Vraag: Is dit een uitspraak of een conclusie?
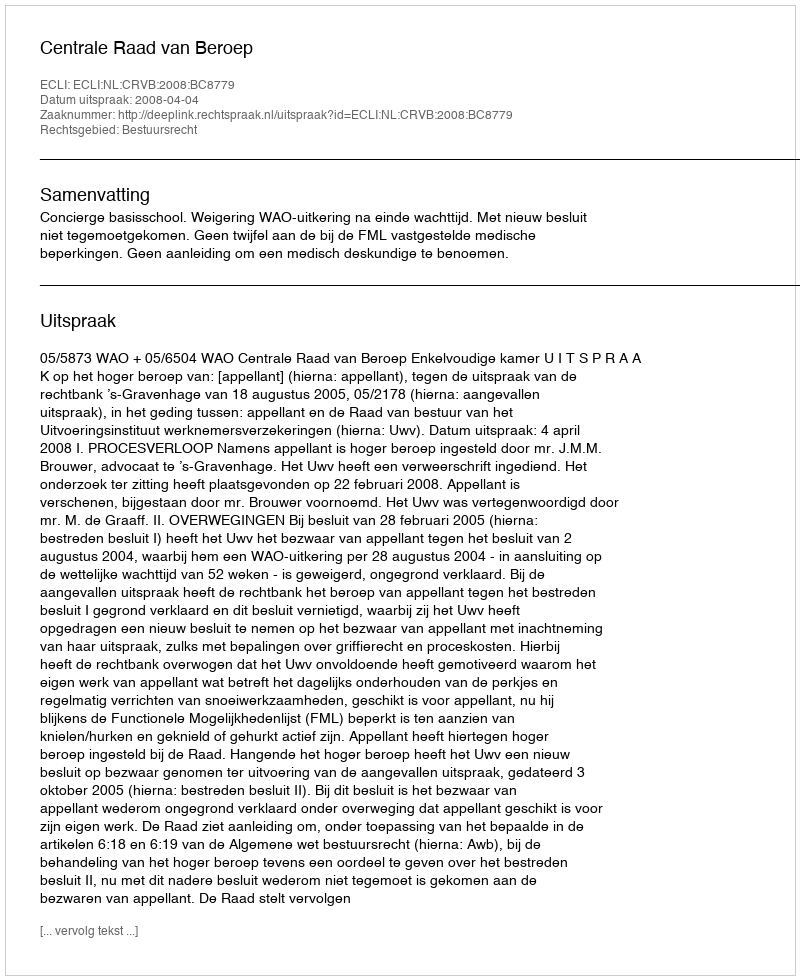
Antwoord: Uitspraak